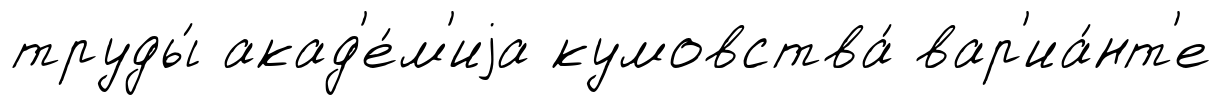
труды́ акад'е́м'иjа кумовства́ вар'иа́нт'е